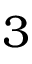
3